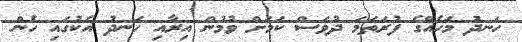
ހަނދު މަހެއްގެ ފުރަތަމަ ދުވަސް ކަމަށް ވުމުން އިރާއި ހަނދު އެކުގައި ހެން